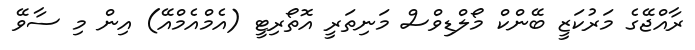
ރާއްޖޭގެ މަރުކަޒީ ބޭންކް މޯލްޑިވްސް މަނިތަރީ އޮތޯރިޓީ (އެމްއެމްއޭ) އިން މި ސާވޭ